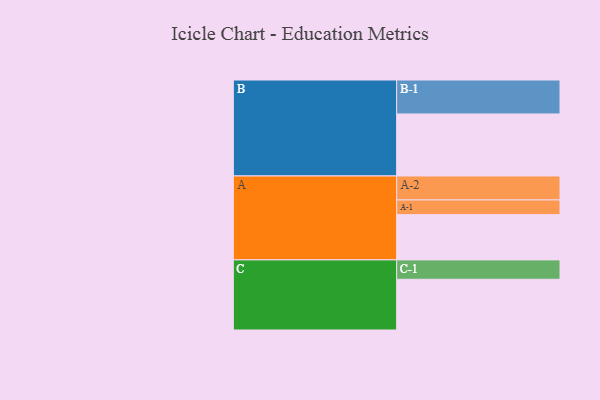
{"axis": {"x": "Segment", "y": "Value"}, "legend": ["", "A", "B", "C"], "data": [{"x": "A", "y": 308, "type": ""}, {"x": "B", "y": 422, "type": ""}, {"x": "C", "y": 345, "type": ""}, {"x": "A-1", "y": 100, "type": "A"}, {"x": "A-2", "y": 163, "type": "A"}, {"x": "B-1", "y": 231, "type": "B"}, {"x": "C-1", "y": 132, "type": "C"}]}